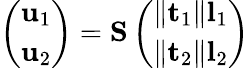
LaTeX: \left(\begin{array}{l}{\mathbf{u}_{1}}\\ {\mathbf{u}_{2}}\end{array}\right)=\mathbf{S}\left(\begin{array}{l}{\lVert\mathbf{t}_{1}\rVert\mathbf{l}_{1}}\\ {\lVert\mathbf{t}_{2}\rVert\mathbf{l}_{2}}\end{array}\right)